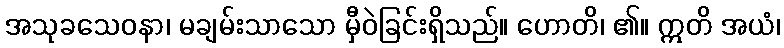
အသုခသေဝနာ၊ မချမ်းသာသော မှီဝဲခြင်းရှိသည်။ ဟောတိ၊ ၏။ ဣတိ အယံ၊